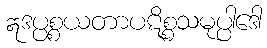
ဣဒပ္ပစ္စယတာပဋိစ္စသမုပ္ပါဒေါ